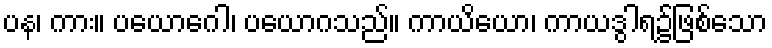
ပန၊ ကား။ ပယောဂေါ၊ ပယောဂသည်။ ကာယိယော၊ ကာယဒွါရ၌ဖြစ်သော